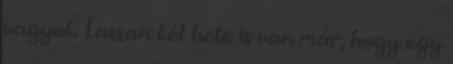
vagyok. Lassan két hete is van már, hogy egy